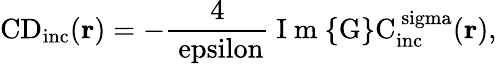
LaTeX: \mathrm{{CD}_{\mathrm{{inc}}}({\mathbf r})=-\frac{4}{\ epsilon}\mathrm{~I~m~}\{ G\} C_{\mathrm{{inc}}}^{\ sigma}({\mathbf r}),}